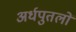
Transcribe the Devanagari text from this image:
अर्धपुतलों